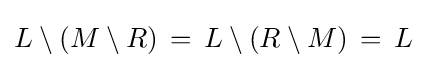
L\setminus (M\setminus R)\,=\,L\setminus (R\setminus M)\,=\,L